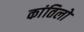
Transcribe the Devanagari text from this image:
कांतिलो